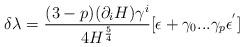
LaTeX: \begin{align*}\delta \lambda = {(3-p)(\partial_i H)\gamma^i \over 4H^{5\over 4}}[\epsilon +\gamma_0 ... \gamma_p \epsilon^{'}]\end{align*}